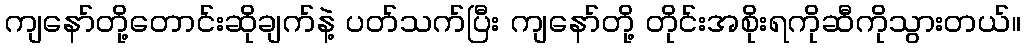
ကျနော်တို့တောင်းဆိုချက်နဲ့ ပတ်သက်ပြီး ကျနော်တို့ တိုင်းအစိုးရကိုဆီကိုသွားတယ်။